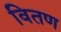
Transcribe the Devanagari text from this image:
वितण